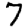
Digit: 7